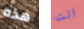
هذه انت